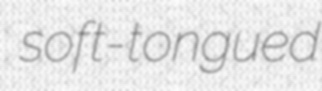
soft-tongued